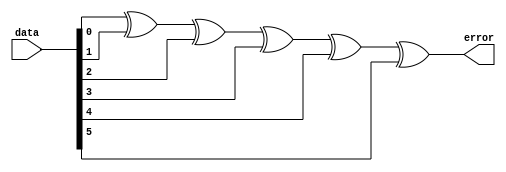
`timescale 1ns / 1ps
`default_nettype none

/*
**********************************************************
** Logic Design Final Project Fall, 2019 Semester
** Amirkabir University of Technology (Tehran Polytechnic)
** Department of Computer Engineering (CEIT-AUT)
** Logic Circuit Design Laboratory
** https://ceit.aut.ac.ir
**********************************************************
** Student ID: 9623105
** Student ID: 9731131
**********************************************************
** Module Name: ParityErrorChecker
**********************************************************
** Additional Comments:
*/

module ParityErrorChecker(
        data,
        error);
input [5:0] data;
output error;
wire [3:0] wParity;
   
	xor 
	g0(wParity[0], data[0], data[1]),
	g1(wParity[1], wParity[0], data[2]),
	g2(wParity[2], wParity[1], data[3]),
	g3(wParity[3], wParity[2], data[4]),
	g4(error, wParity[3], data[5]);
endmodule